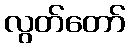
လွတ်တော်